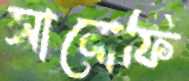
সানোফি